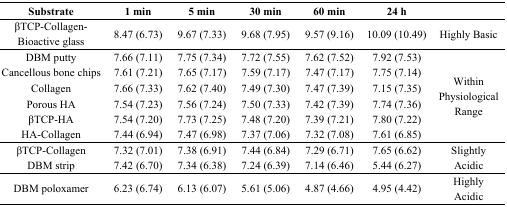
| Substrate | 1 min | 5 min | 30 min | 60 min | 24 h |  |
 | --- | --- | --- | --- | --- | --- | --- |
 | βTCP-Collagen-Bioactive glass | 8.47 (6.73) | 9.67 (7.33) | 9.68 (7.95) | 9.57 (9.16) | 10.09 (10.49) | Highly Basic |
 | DBM putty | 7.66 (7.11) | 7.75 (7.34) | 7.72 (7.55) | 7.62 (7.52) | 7.92 (7.53) | <ROWSPAN=6> Within Physiological Range |
 | Cancellous bone chips | 7.61 (7.21) | 7.65 (7.17) | 7.59 (7.17) | 7.47 (7.17) | 7.75 (7.14) |
 | Collagen | 7.66 (7.33) | 7.62 (7.40) | 7.49 (7.30) | 7.47 (7.39) | 7.15 (7.35) |
 | Porous HA | 7.54 (7.23) | 7.56 (7.24) | 7.50 (7.33) | 7.42 (7.39) | 7.74 (7.36) |
 | βTCP-HA | 7.54 (7.20) | 7.73 (7.25) | 7.48 (7.20) | 7.39 (7.21) | 7.80 (7.22) |
 | HA-Collagen | 7.44 (6.94) | 7.47 (6.98) | 7.37 (7.06) | 7.32 (7.08) | 7.61 (6.85) |
 | βTCP-Collagen | 7.32 (7.01) | 7.38 (6.91) | 7.44 (6.84) | 7.29 (6.71) | 7.65 (6.62) | <ROWSPAN=2> Slightly Acidic |
 | DBM strip | 7.42 (6.70) | 7.34 (6.38) | 7.24 (6.39) | 7.14 (6.46) | 5.44 (6.27) |
 | DBM poloxamer | 6.23 (6.74) | 6.13 (6.07) | 5.61 (5.06) | 4.87 (4.66) | 4.95 (4.42) | Highly Acidic |